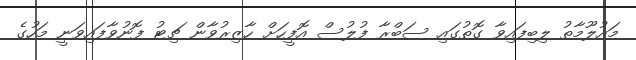
މައުލޫމާތު ލިބިފައިވާ ގޮތުގައި ސަބްރާ ފުލުސް އޮފީހަށް ހާޒިރުވާން ޗިޓު ފޮނުވާފައިވަނީ މަހުގެ